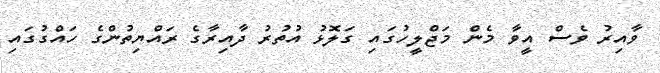
ވާއިރު ވެސް އީވާ މެން މަޖްލީހުގައި ގަލޮޅު އުތުރު ދާއިރާގެ ރައްޔިތުންގެ ހައްގުގައި